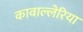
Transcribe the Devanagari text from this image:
कावाल्लेरिया